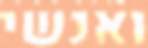
ואנשי